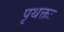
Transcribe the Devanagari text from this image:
पृथक्तः